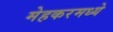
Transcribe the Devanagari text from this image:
मेहकरमध्ये